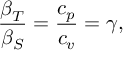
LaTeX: { \frac { \beta _ { T } } { \beta _ { S } } } = { \frac { c _ { p } } { c _ { v } } } = \gamma ,